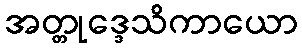
အတ္တုဒ္ဒေသိကာယော